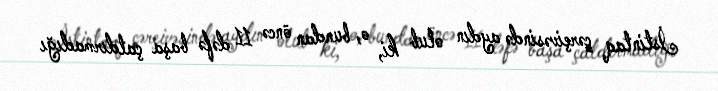
İstintaq çərçivəsində aydın olub ki, o, bundan öncə 11 dəfə başa çatdırmadığı